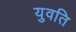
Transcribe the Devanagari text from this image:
युवति